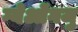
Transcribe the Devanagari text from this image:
ग्येओंगजु